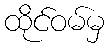
ထိုင်ဝမ်မှ